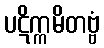
ပဋိက္ကမိတဗ္ဗံ